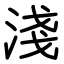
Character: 淺